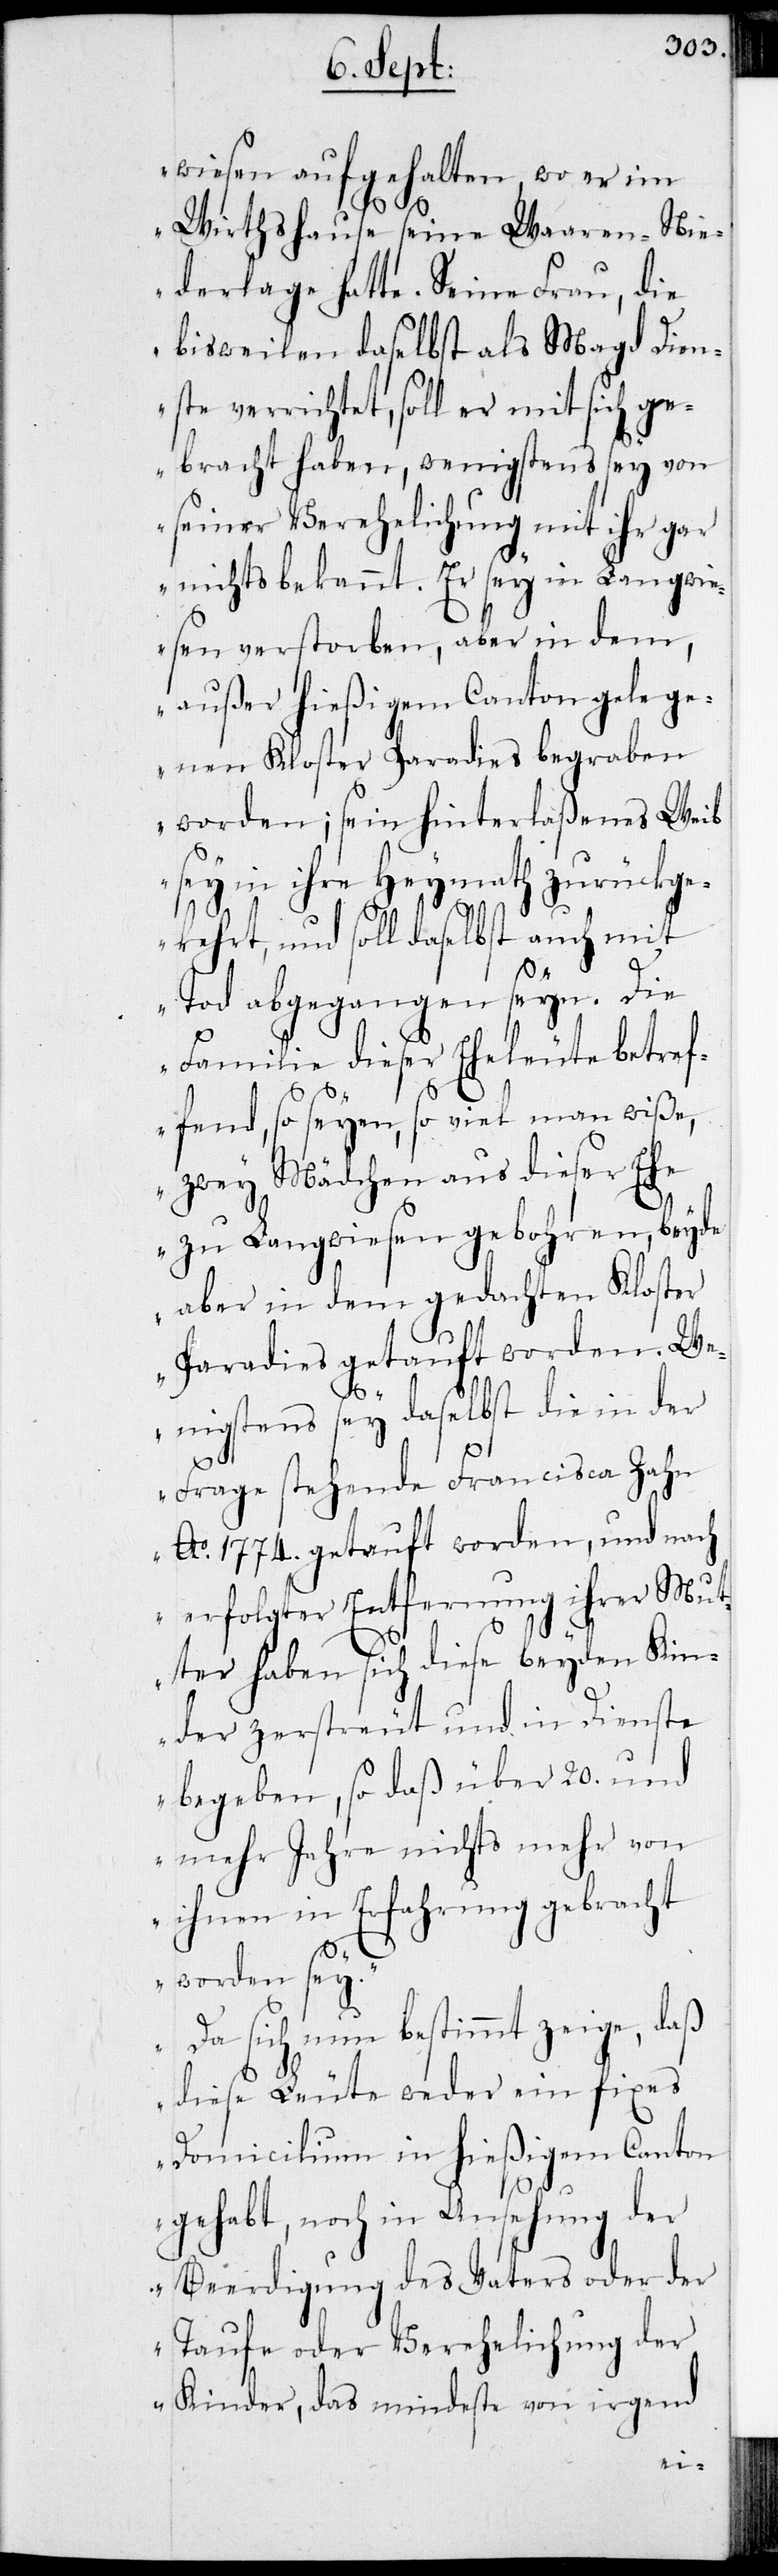
wiesen aufgehalten, wo er im
Wirtshause seine Waaren-Nie¬
derlage hatte. Seine Frau, die
bisweilen daselbst als Magd Dien¬
ste verrichtet, soll er mit sich ge¬
bracht haben, wenigstens sey von
seiner Verehelichung mit ihr gar
nichts bekannt. Er sey in Langwi¬
esen verstorben, aber in dem,
außer hießigem Canton gelege¬
nen Kloster Paradies begraben
worden; sein hinterlaßenes Weib
sey in ihre Heymath zurückge¬
kehrt, und soll daselbst auch mit
Tod abgegangen seyn. Die
Familie dieser Eheleute betref¬
fend, so seyen, soviel man wiße,
zwey Mädchen aus dieser Ehe
zu Langwiesen gebohren, beyde
aber in dem gedachten Kloster
Paradies getauft worden. We¬
nigstens sey daselbst die in der
Frage stehende Francisca Zahn
Ao 1774. getauft worden, und nach
erfolgter Entfernung ihrer Mut¬
ter haben sich diese beyden Kin¬
der zerstreut und in Dienste
begeben, so daß über 20 und
mehr Jahre nichts mehr von
ihnen in Erfahrung gebracht
worden sey.
Da sich nun bestimmt zeige, daß
diese Leute weder ein fixes
Domicilium in hießigem Canton
gehabt, noch in Ansehung der
Beerdigung des Vaters oder der
Taufe oder Verehelichung der
Kinder, das mindeste von irgend